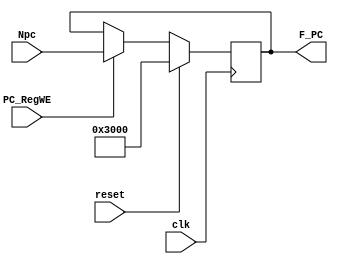
`timescale 1ns / 1ps
//////////////////////////////////////////////////////////////////////////////////
// Company: 
// Engineer: 
// 
// Design Name: 
// Module Name:    F_IFU 
// Project Name: 
// Target Devices: 
// Tool versions: 
// Description: 
//
// Dependencies: 
//
// Revision: 
// Revision 0.01 - File Created
// Additional Comments: 
//
//////////////////////////////////////////////////////////////////////////////////
module F_IFU(
    input clk,
    input reset,
    input [31:0] Npc,
    input PC_RegWE,

    output reg [31:0] F_PC
    );

    initial begin

        F_PC = 32'h00003000;
    end

    always @(posedge clk ) begin
        if(reset == 1)begin
            F_PC <= 32'h00003000;
        end
        else if(PC_RegWE == 1)begin
            F_PC <= Npc;
        end
    end

endmodule